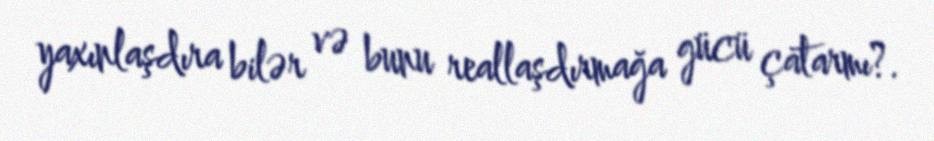
yaxınlaşdıra bilər və bunu reallaşdırmağa gücü çatarmı?.